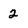
Character: 2